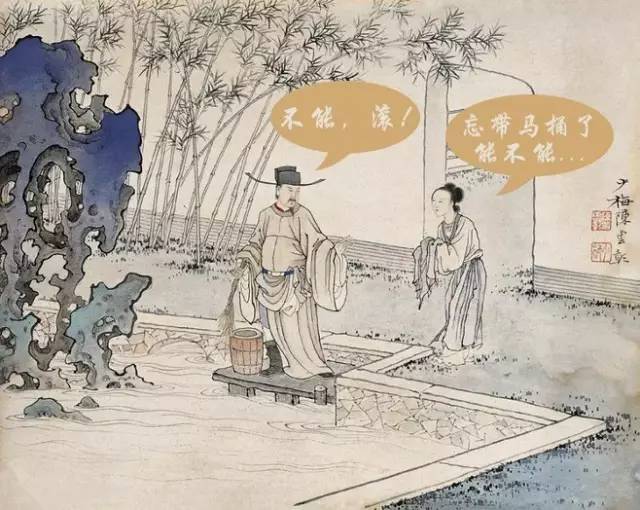
停船暂借问，或恐是同乡。